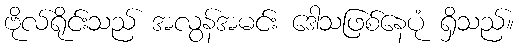
ဗိုလ်ရိုင်းသည် အလွန်အမင်း ဒေါသဖြစ်နေပုံ ရှိသည်။